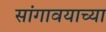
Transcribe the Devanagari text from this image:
सांगावयाच्या